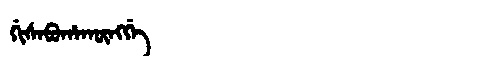
Manchu: ᡤᡳᠰᠠᠪᡠᡥᠠᡴᡡᠩᡤᡝ
Romanization: GISABUHAKŪNGGE